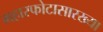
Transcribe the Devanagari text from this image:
महास्फोटासारख्या